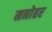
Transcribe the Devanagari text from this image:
मनाेहर